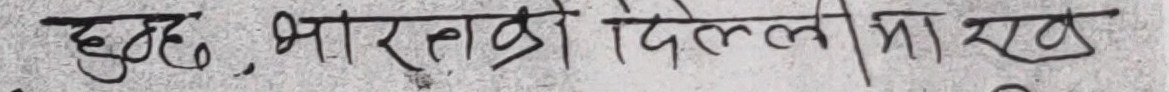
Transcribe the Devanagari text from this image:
हुनुहुन्छ, भारतको दिल्लीमा एक